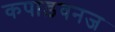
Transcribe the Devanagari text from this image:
कपाड़वनज